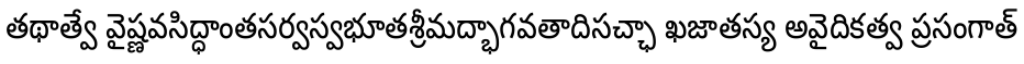
తథాత్వే వైష్ణవసిద్ధాంతసర్వస్వభూతశ్రీమద్భాగవతాదిసచ్ఛా ఖజాతస్య అవైదికత్వ ప్రసంగాత్